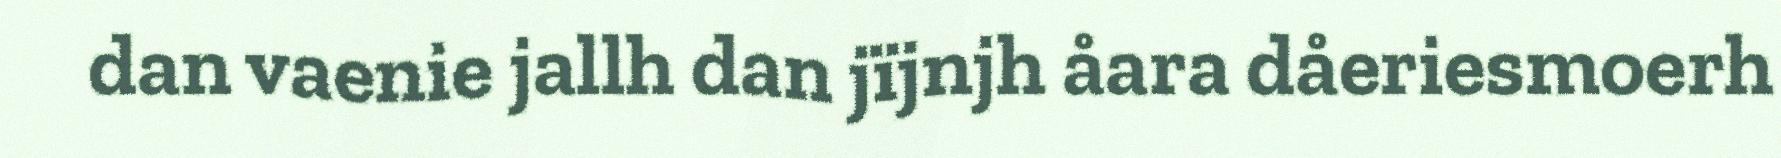
dan vaenie jallh dan jïjnjh åara dåeriesmoerh